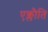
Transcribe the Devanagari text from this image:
एक्लौति